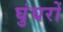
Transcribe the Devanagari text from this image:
घुंघरों